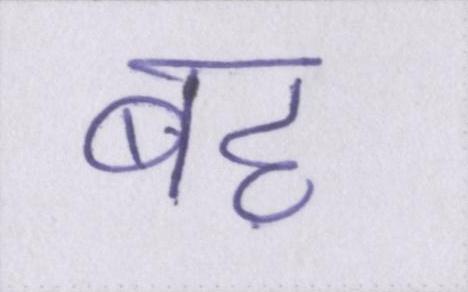
बह